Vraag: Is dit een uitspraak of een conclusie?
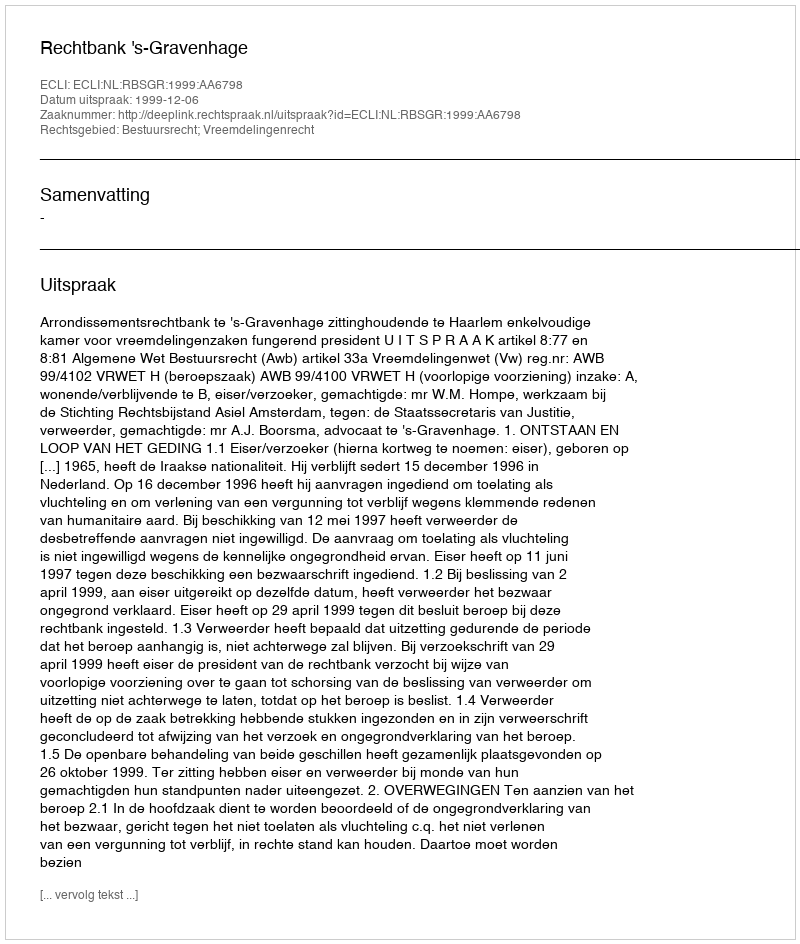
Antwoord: Uitspraak